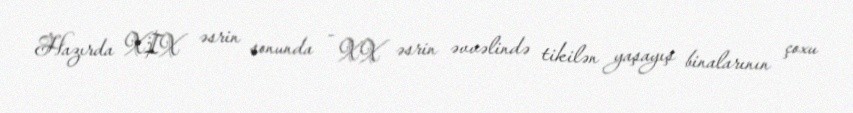
Hazırda XIX əsrin sonunda - XX əsrin əvvəlində tikilən yaşayış binalarının çoxu